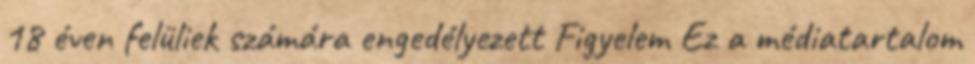
18 éven felüliek számára engedélyezett Figyelem Ez a médiatartalom